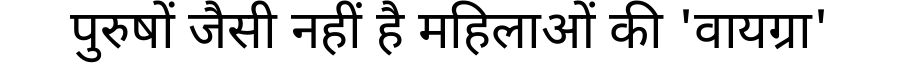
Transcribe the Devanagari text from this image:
पुरुषों जैसी नहीं है महिलाओं की 'वायग्रा'